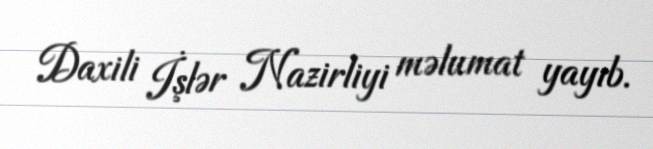
Daxili İşlər Nazirliyi məlumat yayıb.